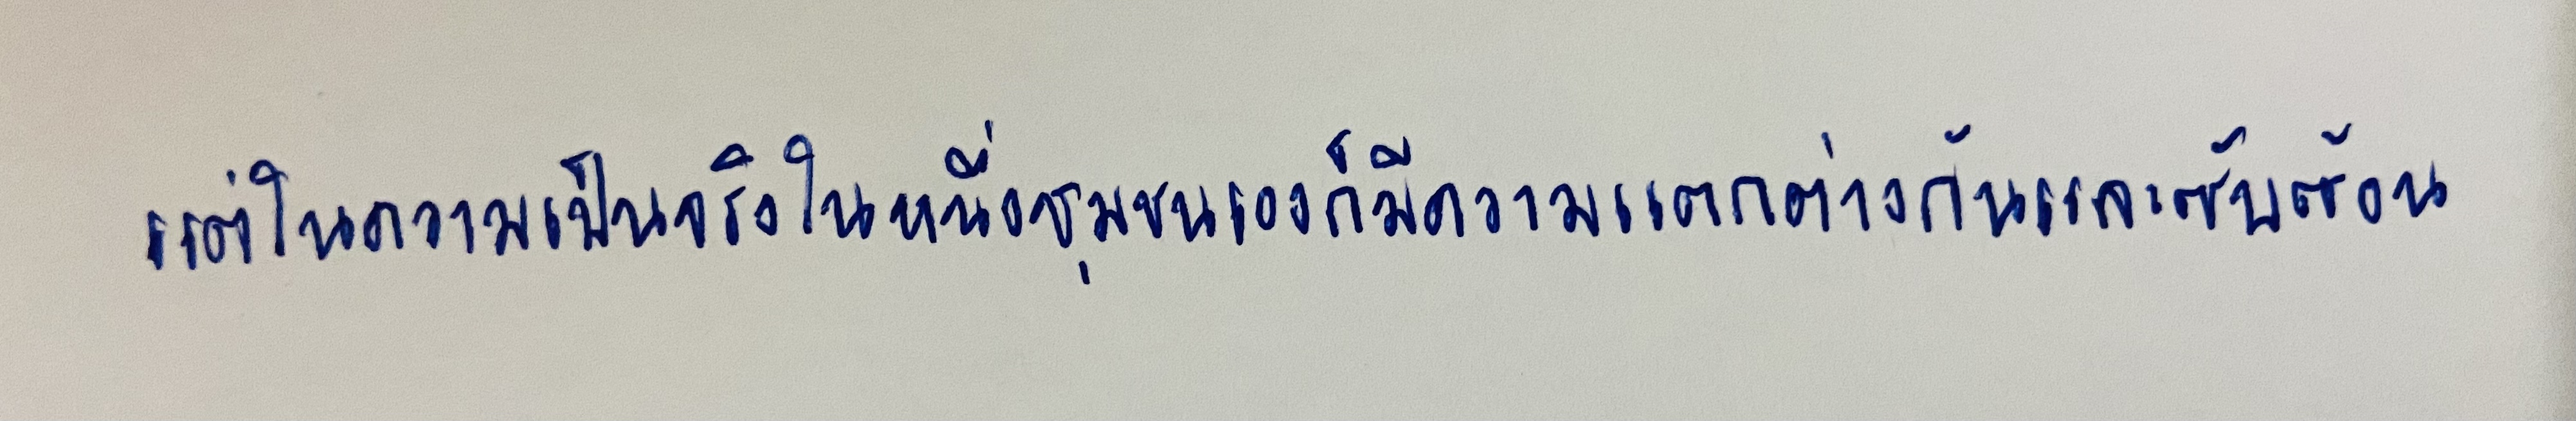
แต่ในความเป็นจริงในหนึ่งชุมชนเองก็มีความแตกต่างกันและซับซ้อน